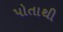
પોતાથી